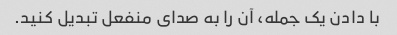
با دادن یک جمله، آن را به صدای منفعل تبدیل کنید.